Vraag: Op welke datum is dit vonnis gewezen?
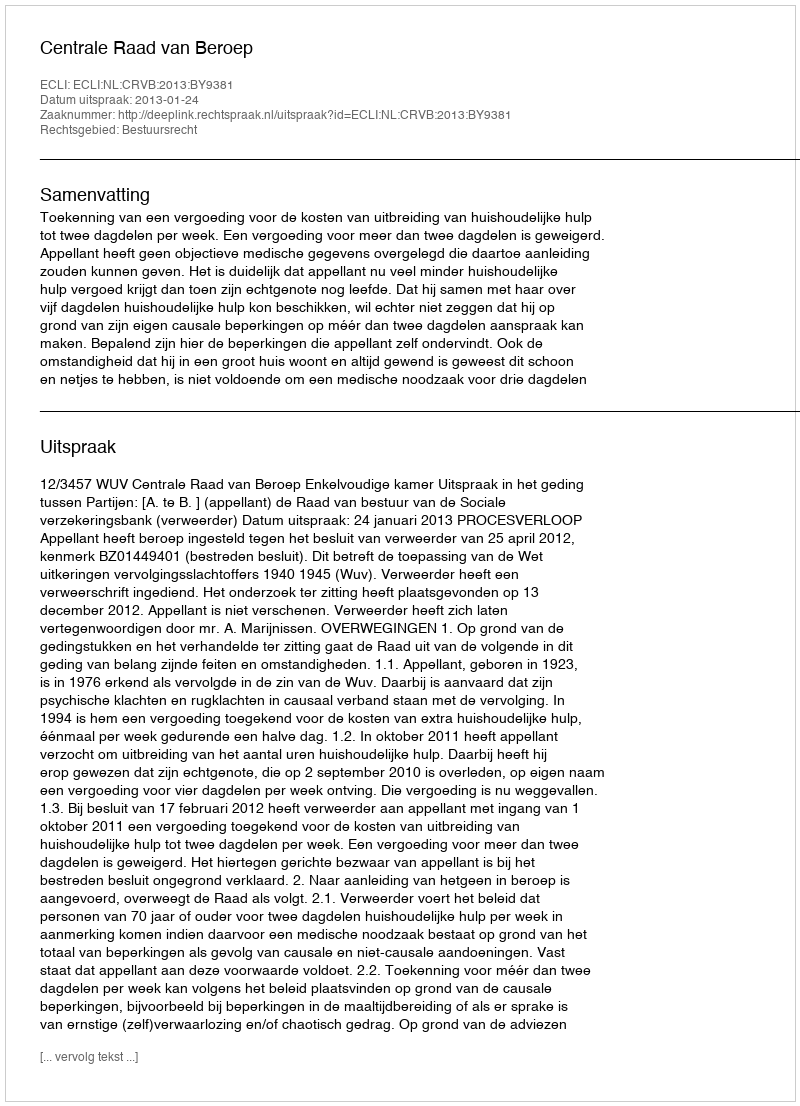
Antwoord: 2013-01-24